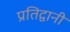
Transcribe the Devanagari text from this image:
प्रतिद्वानी